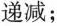
递减；